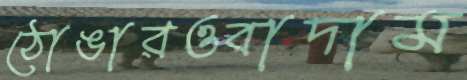
ঠোঙারওবাদাম